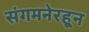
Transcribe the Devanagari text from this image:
संगमनेरहून